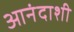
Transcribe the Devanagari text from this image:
आनंदाशी